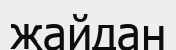
жайдан